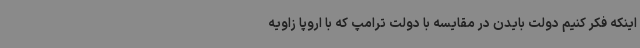
اینکه فکر کنیم دولت بایدن در مقایسه با دولت ترامپ که با اروپا زاویه